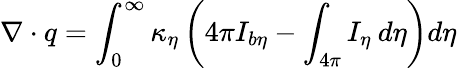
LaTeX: \nabla\cdot q=\int_{0}^{\infty}\kappa_{\eta}\left(4\pi I_{b\eta}-\int_{4\pi}I_{\eta}\: d\eta\right)d\eta